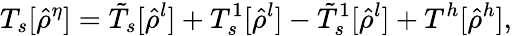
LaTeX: T_{s}[\hat{\rho}^{\eta}]=\tilde{T}_{s}[\hat{\rho}^{l}]+T_{s}^{1}[\hat{\rho}^{l}]-\tilde{T}_{s}^{1}[\hat{\rho}^{l}]+T^{h}[\hat{\rho}^{h}],